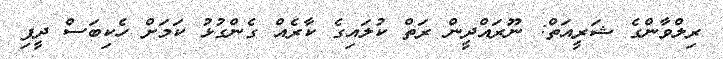
ރިލްވާންގެ ޝަރީއަތް: ނޫރައްދީން ރަތް ކުލައިގެ ކާރެއް ގެންގުޅު ކަމަށް ހެކިބަސް ދީފި